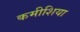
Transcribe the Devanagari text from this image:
कमीशिया